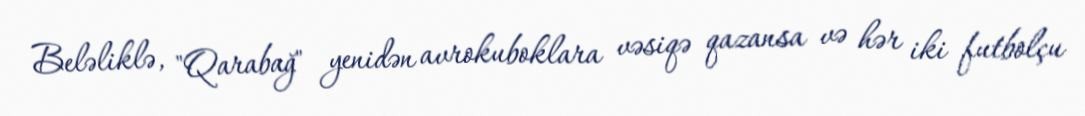
Beləliklə, "Qarabağ" yenidən avrokuboklara vəsiqə qazansa və hər iki futbolçu